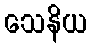
သေနိယ